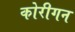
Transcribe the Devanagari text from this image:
कोरीगन